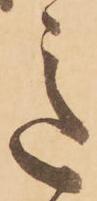
意